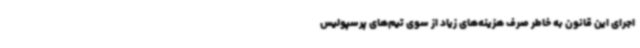
اجرای این قانون به خاطر صرف هزینه‌های زیاد از سوی تیم‌های پرسپولیس